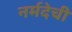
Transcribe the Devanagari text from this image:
नर्मदेची